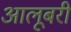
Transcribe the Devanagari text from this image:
आलूबरी